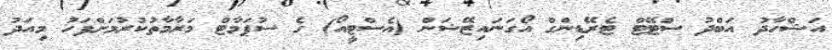
އަޝްހާދު އަބްދު ސްޓޭޓް ޓެރޭޑިންގް އޯގަނައިޒޭޝަން (އެސްޓީއޯ) ގެ ސުޕަމާޓް މަރާމާތުކުރުމަށްފަހު މިއަދު